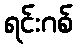
ရင်းဂစ်